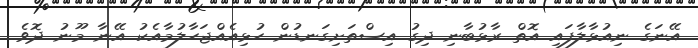
އޭނަގެ ނިއުޅާލާފައި އޮތް ރާޅުބާނި ދިގު އިސްތަށިގަނޑުން ހުޅިއެއްޖަހާލުމާއެކު އޭނާ މޫނު ދޮވެ